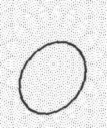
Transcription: O